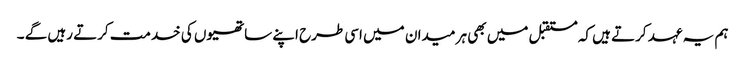
ہم یہ عہد کرتے ہیں کہ مستقبل میں بھی ہر میدان میں اسی طرح اپنے ساتھیوں کی خدمت کرتے رہیں گے ۔